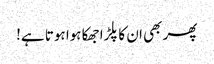
پھر بھی ان کا پلڑا جھکا ہوا ہوتا ہے!